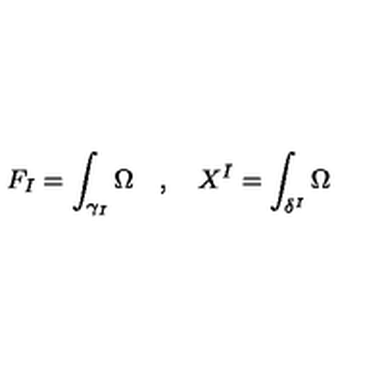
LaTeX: F _ { I } = \int _ { \gamma _ { I } } \Omega \quad , \quad X ^ { I } = \int _ { \delta ^ { I } } \Omega \